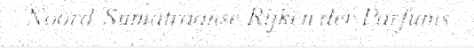
Noord-Sumatraanse Rijken der Parfums